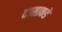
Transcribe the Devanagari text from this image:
दासाकडे